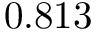
0 . 8 1 3